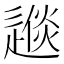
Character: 𨕪